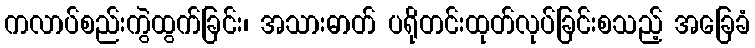
ကလာပ်စည်းကွဲထွက်ခြင်း၊ အသားဓာတ် ပရိုတင်းထုတ်လုပ်ခြင်းစသည့် အခြေခံ